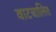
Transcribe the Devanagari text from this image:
वाटचालित